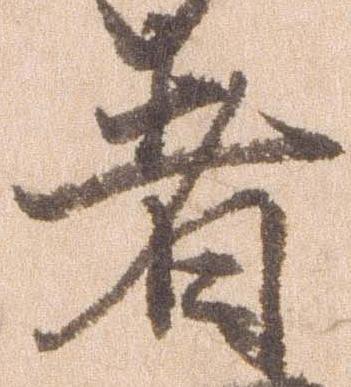
者